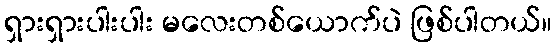
ရှားရှားပါးပါး မလေးတစ်ယောက်ပဲ ဖြစ်ပါတယ်။